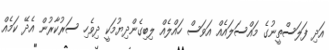
އަދި ފަލަސްތީނުގެ މައްސަލައެއް އަވަސް ހައްލެއް ލިބިގެންދިޔުމަކީ ދިވެހި ސަރުކާރުން އެދޭ ކަމެއް